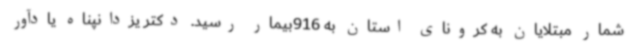
شمار مبتلایان به کرونای استان به 916بیمار رسید. دکتر یزدانپناه یادآور